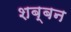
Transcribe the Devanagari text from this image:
शब्बन